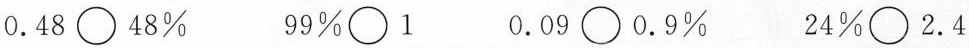
$$0.48\bigcirc48%$$ $$99%\bigcirc1$$